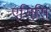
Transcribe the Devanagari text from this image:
एसिसि